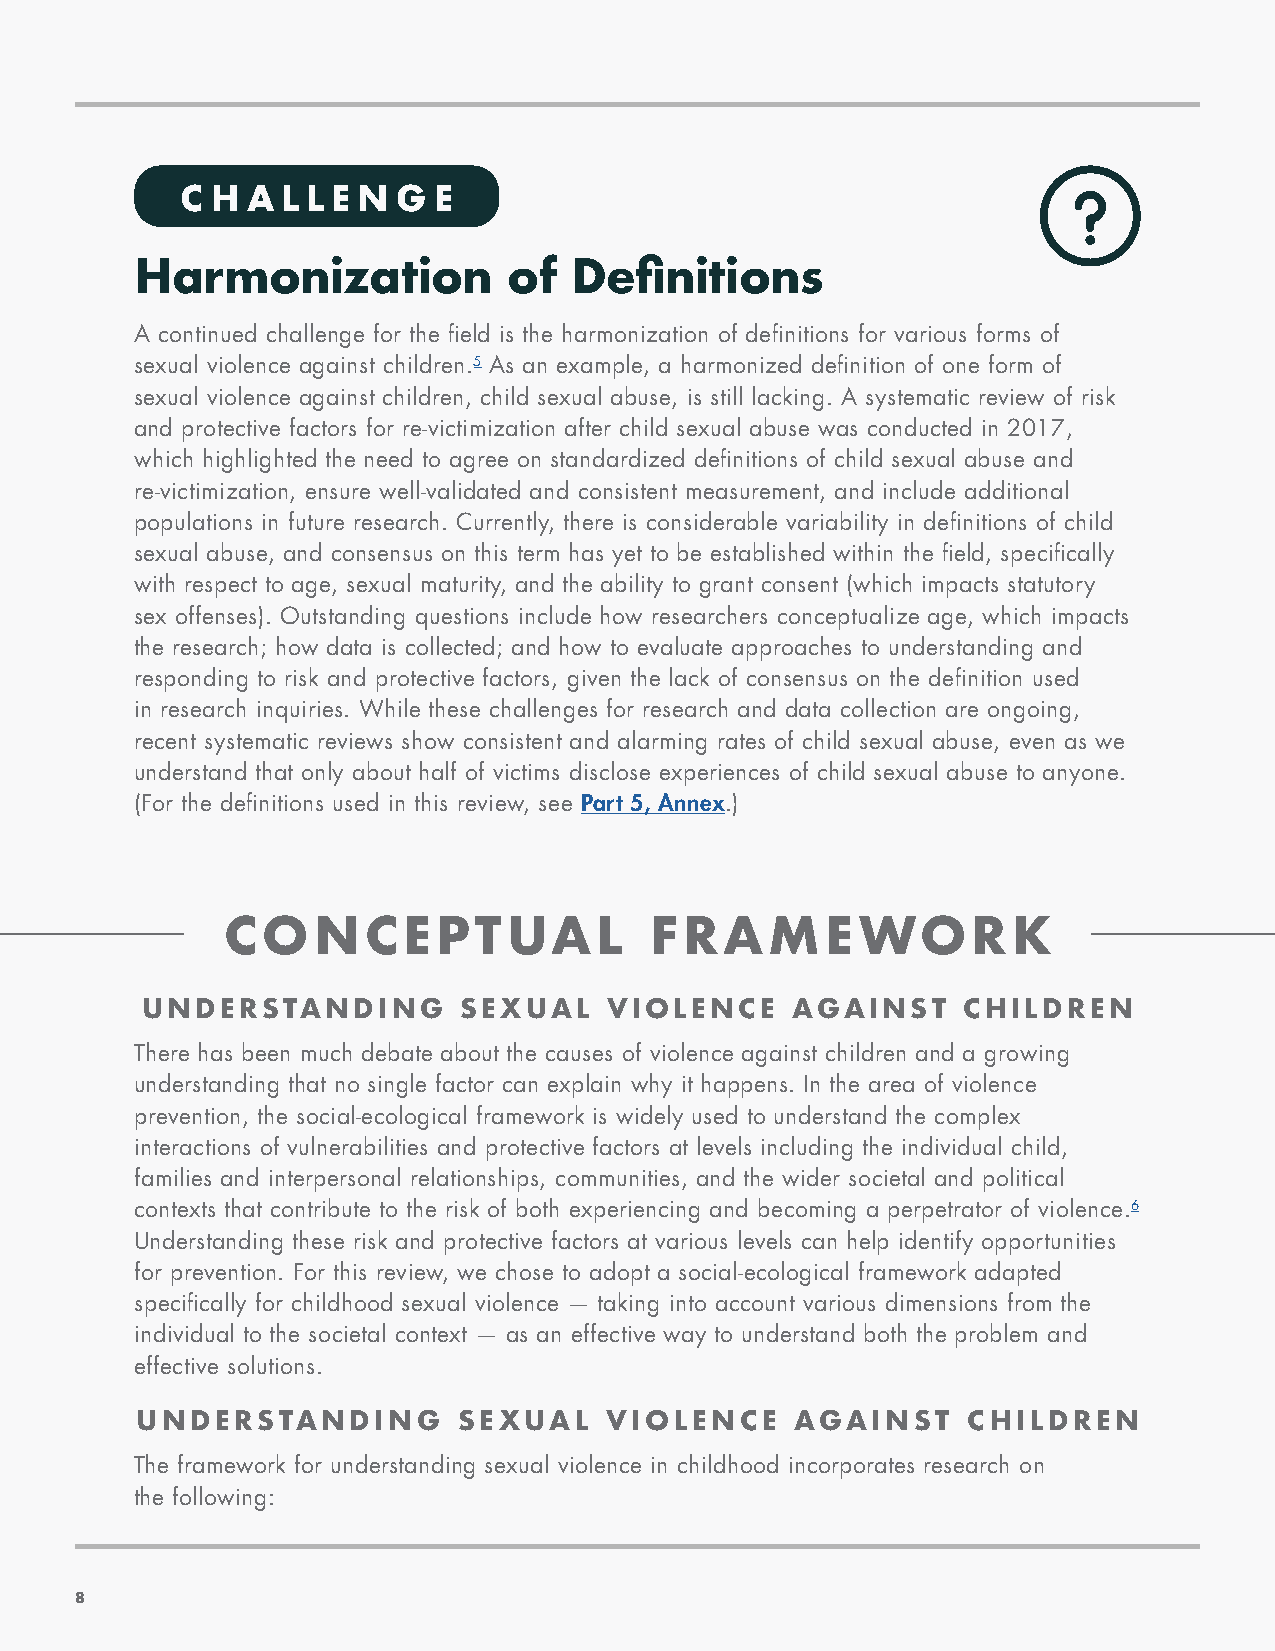
C H A  L L E N G E
 Harmonization            of  Definitions
 A continued challenge for the field is the harmonization of definitions for various forms of
 sexual violence against children.5 As an example, a harmonized definition of one form of
 sexual violence against children, child sexual abuse, is still lacking. A systematic review of risk
 and protective factors for re-victimization after child sexual abuse was conducted in 2017,
 which highlighted the need to agree on standardized definitions of child sexual abuse and
 re-victimization, ensure well-validated and consistent measurement, and include additional
 populations in future research. Currently, there is considerable variability in definitions of child
 sexual abuse, and consensus on this term has yet to be established within the field, specifically
 with respect to age, sexual maturity, and the ability to grant consent (which impacts statutory
 sex offenses). Outstanding questions include how researchers conceptualize age, which impacts
 the research; how data is collected; and how to evaluate approaches to understanding and
 responding to risk and protective factors, given the lack of consensus on the definition used
 in research inquiries. While these challenges for research and data collection are ongoing,
 recent systematic reviews show consistent and alarming rates of child sexual abuse, even as we
 understand that only about half of victims disclose experiences of child sexual abuse to anyone.
 (For the definitions used in this review, see Part 5, Annex.)
 CONCEPTUAL                  FRAMEWORK
 UNDERSTANDING        SEXUAL    VIOLENCE    AGAINST     CHILDREN
 There has been much debate about the causes of violence against children and a growing
 understanding that no single factor can explain why it happens. In the area of violence
 prevention, the social-ecological framework is widely used to understand the complex
 interactions of vulnerabilities and protective factors at levels including the individual child,
 families and interpersonal relationships, communities, and the wider societal and political
 contexts that contribute to the risk of both experiencing and becoming a perpetrator of violence.6
 Understanding these risk and protective factors at various levels can help identify opportunities
 for prevention. For this review, we chose to adopt a social-ecological framework adapted
 specifically for childhood sexual violence — taking into account various dimensions from the
 individual to the societal context — as an effective way to understand both the problem and
 effective solutions.
 UNDERSTANDING        SEXUAL    VIOLENCE     AGAINST    CHILDREN
 The framework for understanding sexual violence in childhood incorporates research on
 the following:
 88